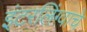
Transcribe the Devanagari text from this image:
इंटरलिंग्वाचे